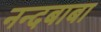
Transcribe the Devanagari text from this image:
नन्दबाबा